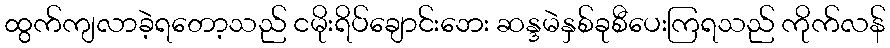
ထွက်ကျလာခဲ့ရတော့သည် ငမိုးရိပ်ချောင်းဘေး ဆန္ဒမဲနှစ်ခုစီပေးကြရသည် ကိုက်လန်